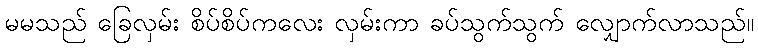
မမသည် ခြေလှမ်း စိပ်စိပ်ကလေး လှမ်းကာ ခပ်သွက်သွက် လျှောက်လာသည်။